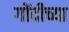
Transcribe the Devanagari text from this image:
गोंदीच्या